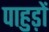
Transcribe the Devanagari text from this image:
पाहुड़ों